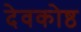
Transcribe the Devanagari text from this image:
देवकोष्ठ